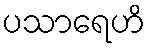
ပသာရေဟိ